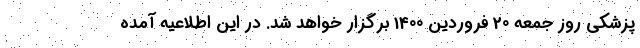
پزشکی روز جمعه 20 فروردین 1400 برگزار خواهد شد. در این اطلاعیه آمده